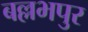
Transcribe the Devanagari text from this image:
बल्लभपुर